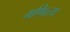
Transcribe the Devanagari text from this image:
मणित्त्थ